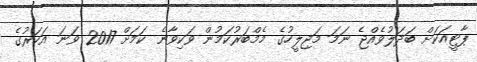
ޕާޓީއަކަށް ބަދަލުވެއްޖެ ނަމަ މަޖިލީހުގެ މެމްބަރުކަމުން ވަކިވާނެ ކަމަށް 2017 ވަނަ އަހަރުގެ